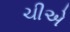
ચીએ